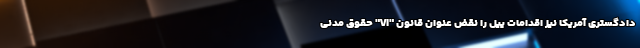
دادگستری آمریکا نیز اقدامات ییل را نقض عنوان قانون "VI" حقوق مدنی